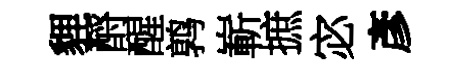
貍酹醒鹑嶄摭宓彥